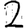
Digit: 2